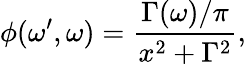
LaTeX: \phi(\omega^{\prime},\omega)=\frac{\Gamma(\omega)/\pi}{x^{2}+\Gamma^{2}},